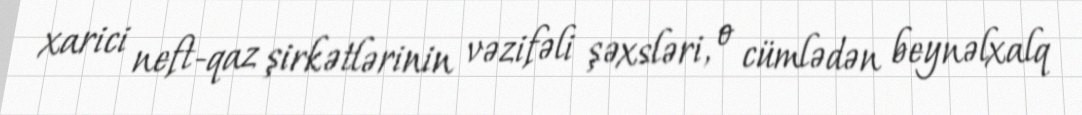
xarici neft-qaz şirkətlərinin vəzifəli şəxsləri, o cümlədən beynəlxalq